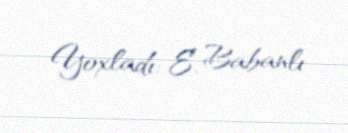
Yoxladı: E. Babanlı